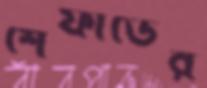
শেফার্ডের